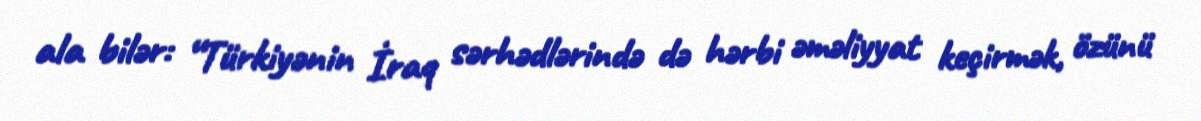
ala bilər: “Türkiyənin İraq sərhədlərində də hərbi əməliyyat keçirmək, özünü